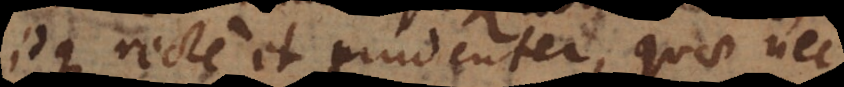
idque recte et prudenter, quae nec